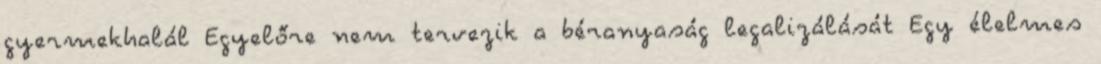
gyermekhalál Egyelőre nem tervezik a béranyaság legalizálását Egy élelmes